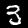
Label: 3